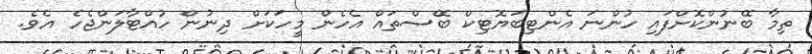
ތިމާ ބޭނުންކޮށްފައި ހުންނަ އެންޓިބަޔޮޓިކް ބޭސްތައް އެހެން މީހަކަށް ދިނުން ހުއްޓާލަންޖެހެ އެވެ.